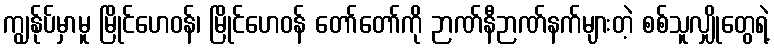
ကျွန်ုပ်မှာမူ မြိုင်ဟေဝန်၊ မြိုင်ဟေဝန် တော်တော်ကို ဉာဏ်နီဉာဏ်နက်များတဲ့ စစ်သူလျှိုတွေရဲ့